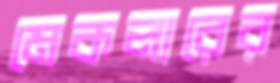
মেকলারের